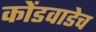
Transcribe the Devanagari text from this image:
कोंडवाडेच